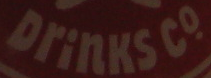
Drinks co.